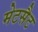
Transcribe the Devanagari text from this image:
मेटसैट